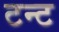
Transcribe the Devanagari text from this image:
टन्ट